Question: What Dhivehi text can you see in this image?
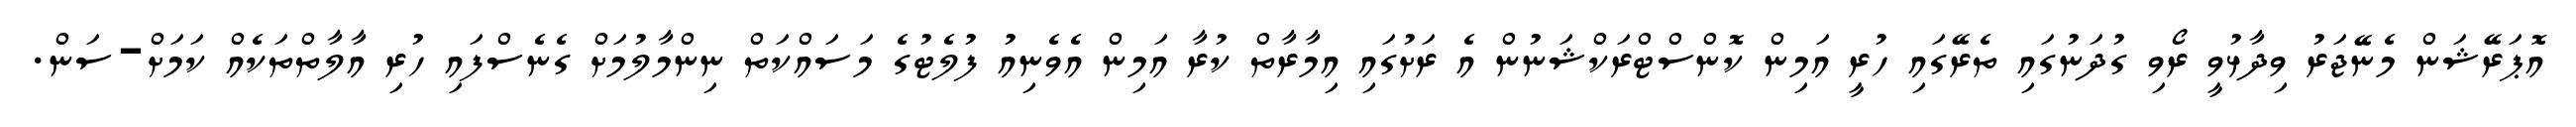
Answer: އޮޕަރޭޝަން މެނޭޖަރު ވިދާޅުވީ ރޯވި ގުދަނުގައި ތެރޭގައި ހުރީ އަމިން ކޮންސްޓްރަކްޝަނުން އެ ރަށުގައި އިމާރާތް ކުރާ އަމިން އެވެނިއު ފުލެޓުގެ މަސައްކަތް ނިންމާލުމަށް ގެނެސްފައި ހުރި އާލާތްތަކެއް ކަމަށް-ސަން.